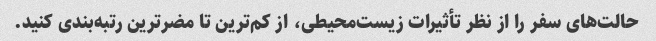
حالت‌های سفر را از نظر تأثیرات زیست‌محیطی، از کم‌ترین تا مضرترین رتبه‌بندی کنید.